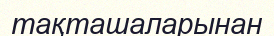
тақташаларынан